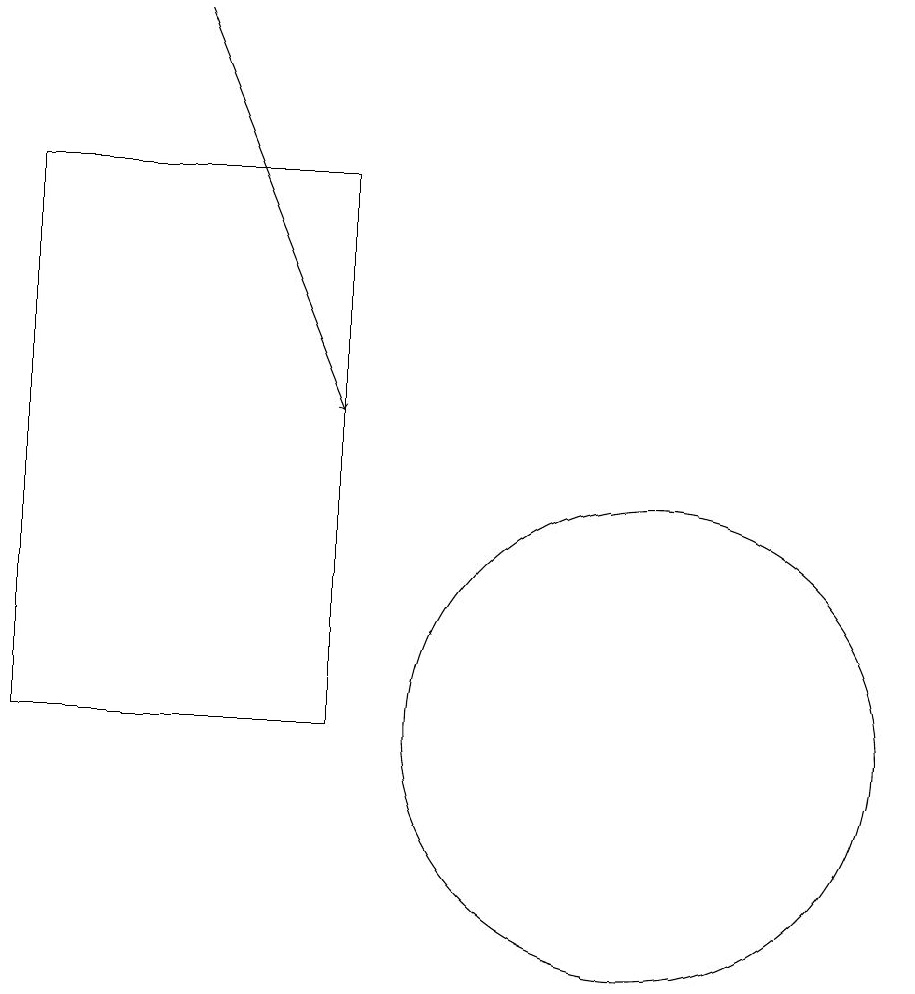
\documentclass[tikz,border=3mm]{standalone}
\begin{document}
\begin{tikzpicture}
\draw (6,10) rectangle (2,17);
\draw (10,10) circle (3);
\draw[->] (4,19) -- (6,14);
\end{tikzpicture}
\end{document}